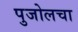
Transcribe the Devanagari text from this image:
पुजोलचा